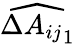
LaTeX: \widehat{\Delta{A_{ij}}_{1}}